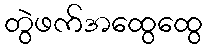
တွဲဖက်အထွေထွေ